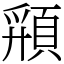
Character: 𩓚